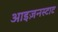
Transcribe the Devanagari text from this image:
आइज़नस्टाट